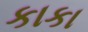
કાકા